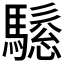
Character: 𱄰